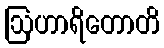
ဩဟာရိတောတိ